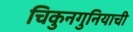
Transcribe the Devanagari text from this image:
चिकुनगुनियाची